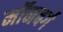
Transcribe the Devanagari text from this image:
मॉनबर्ग